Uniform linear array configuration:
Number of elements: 8
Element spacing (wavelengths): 0.25
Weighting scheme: exponential
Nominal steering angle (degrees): -15
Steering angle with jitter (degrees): -15.821
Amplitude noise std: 0.05
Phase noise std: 0.05

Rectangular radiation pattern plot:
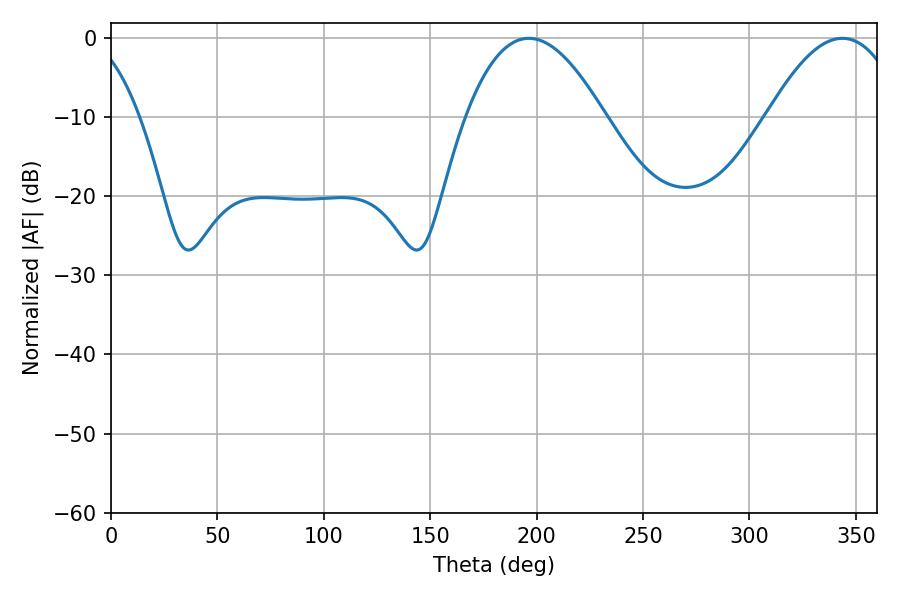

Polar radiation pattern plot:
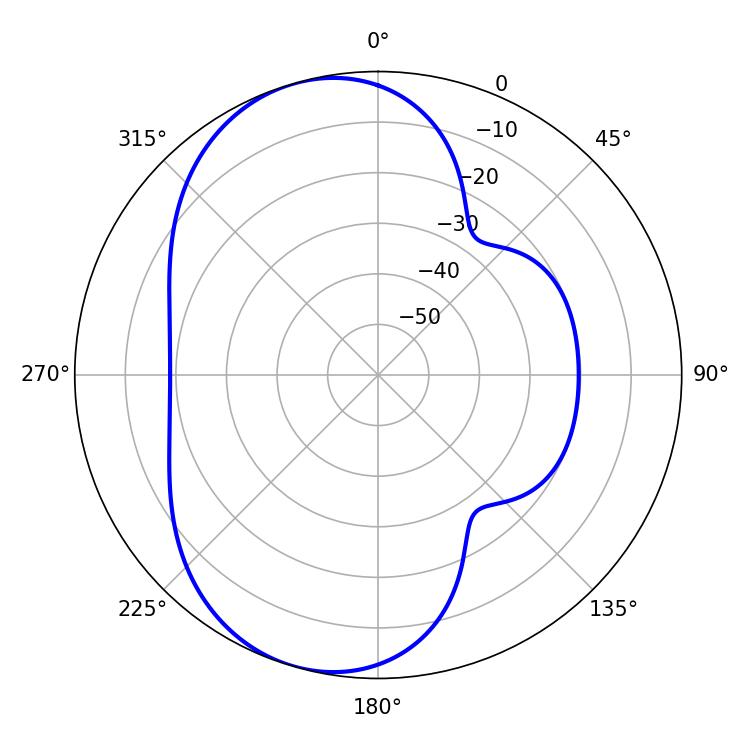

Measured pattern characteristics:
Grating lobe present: FALSE
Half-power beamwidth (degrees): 35.64
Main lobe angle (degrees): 196.38